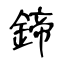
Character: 鍗